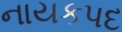
નાયકપદ